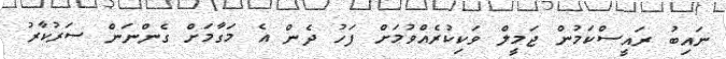
ނައިބު ރައީސްކަމުން ޖަމީލް ވަކިކުރެއްވުމަށް ފަހު ދެން އެ މަގާމަށް ގެންނަން ސަރުކާރު